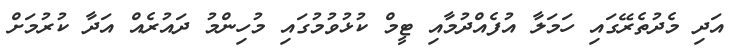
އަދި މެދުތެރޭގައި ހަމަލާ އުފެއްދުމާއި ޓީމް ކުޅުވުމުގައި މުހިންމު ދައުރެއް އަދާ ކުރުމަށް